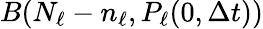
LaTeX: B(N_{\ell}-n_{\ell},P_{\ell}(0,\Delta t))